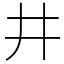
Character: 井